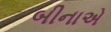
બીનાએ